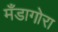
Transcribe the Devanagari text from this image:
मँडागोरा